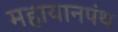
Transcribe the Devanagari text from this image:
महायानपंथ